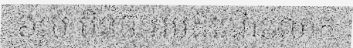
៦រូប មិនឲ្យអមដំណើរលោក